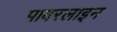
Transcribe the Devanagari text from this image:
पावरलाइन